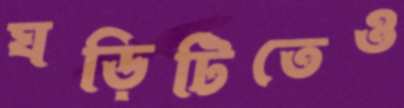
ঘড়িটিতেও